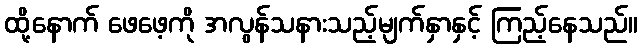
ထို့နောက် ဖေဖေ့ကို အလွန်သနားသည့်မျက်နှာနှင့် ကြည့်နေသည်။